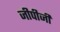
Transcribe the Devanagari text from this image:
जीपीजी